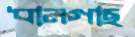
ধানগাছ